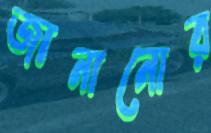
জানানোর